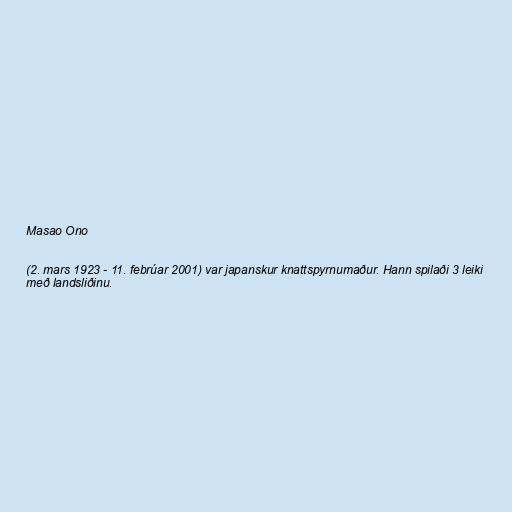
Masao Ono

(2. mars 1923 - 11. febrúar 2001) var japanskur knattspyrnumaður. Hann spilaði 3 leiki
með landsliðinu.